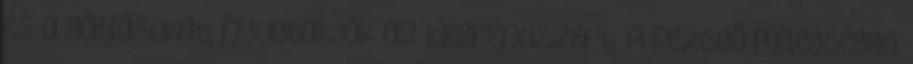
és a gátlásokat, nyugtatják az idegrendszert. A pezsgő melegséggel